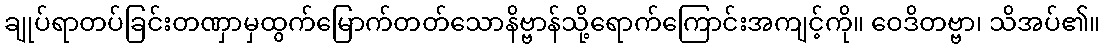
ချုပ်ရာတပ်ခြင်းတဏှာမှထွက်မြောက်တတ်သောနိဗ္ဗာန်သို့ရောက်ကြောင်းအကျင့်ကို။ ဝေဒိတဗ္ဗာ၊ သိအပ်၏။